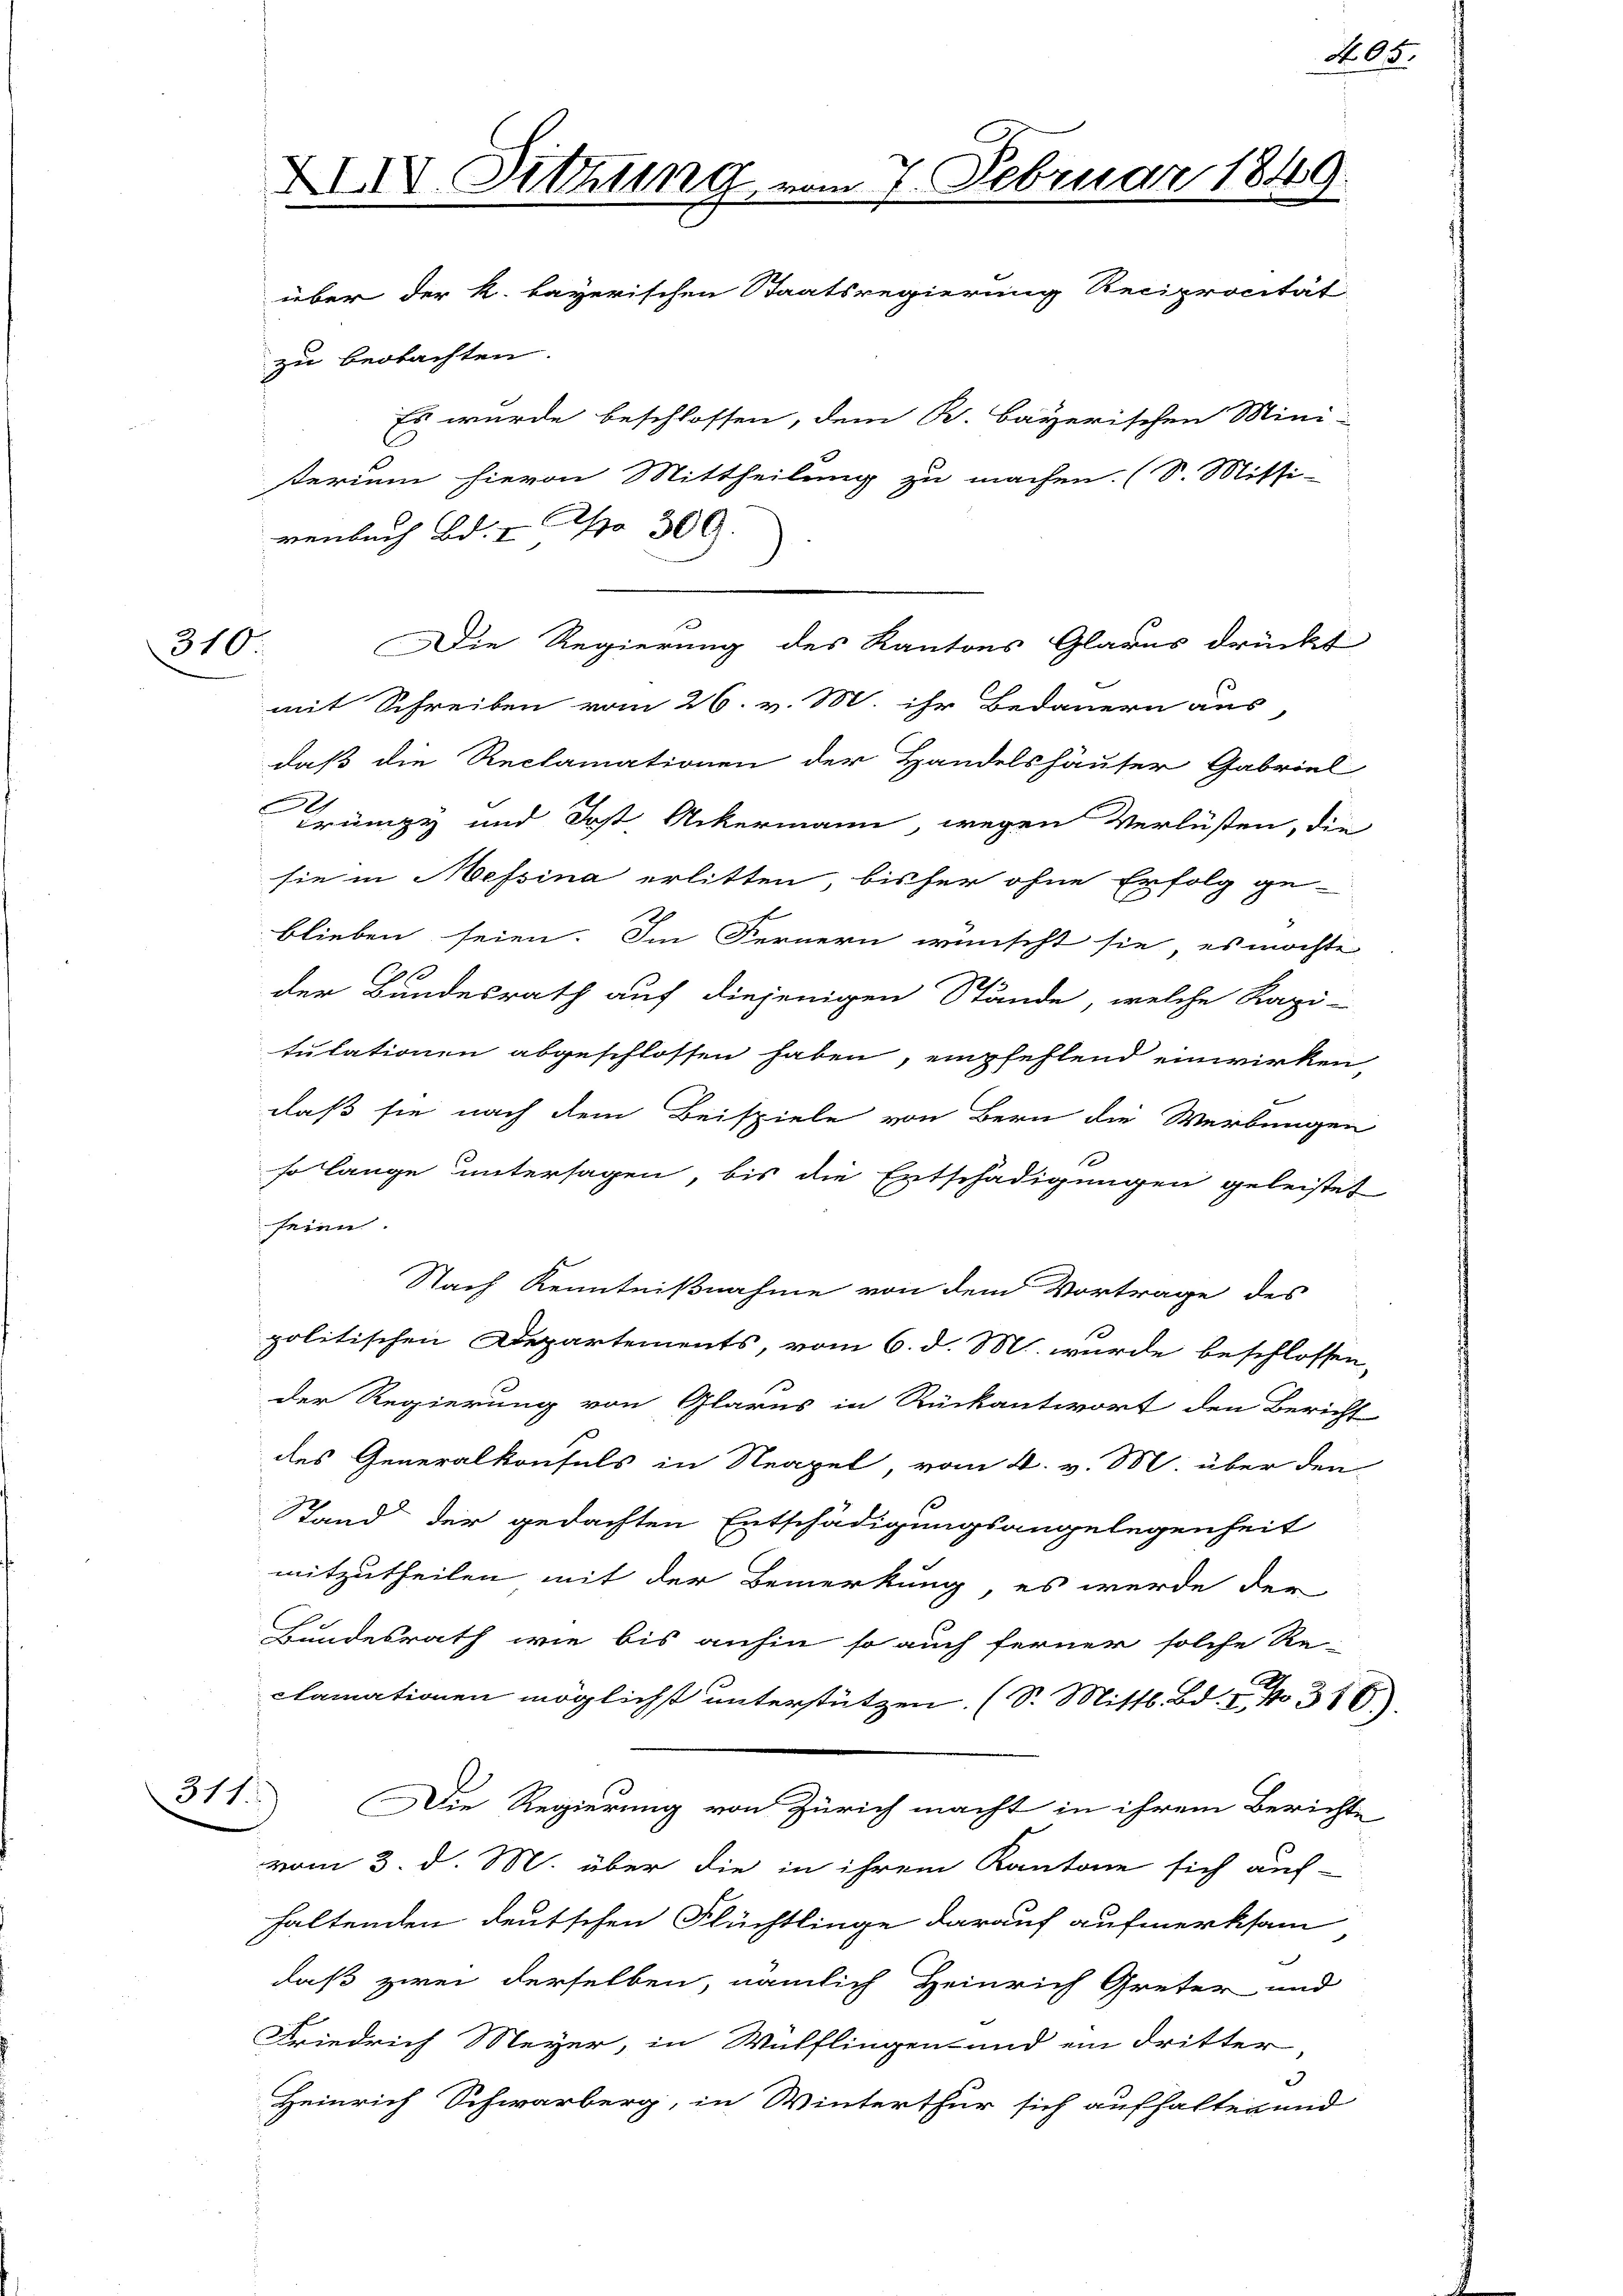
renbach Bd. 300.
Die Regierung des Kantons Glarus drückt
mit Schreiben vom 26. v. M. ihr Bedauern aus-
daß die Reclamationen der Handelshäuser Gabriel
Trünzy und Jost Ackermann, wegen Verlüsten, die
sie in Messina erlitten, bisher ohne Erfolg ge-
blieben seien. Im Fernern wünscht sie, es möcht
der Bundesrath auf diejenigen Stände, welche Kapi-
tulationen abgeschlossen haben, empfehlend einwirken
daß sie nach dem Beispiele von Bern die Werbunge
so lange untersagen, bis die Entschädigungen geleistet
seien.
Nach Kenntnißnahme von dem Vortrage des
politischen Departements, vom 6. d. M. wurde beschlossen,
der Regierung von Glarus in Rückantwort den Bericht
des Generalkonsuls in Neapel, vom 4. v. M. über den
Stand der gedachten Entschädigungsangelegenheit
mitzutheilen mit der Bemerkung, es werde der
Bundesrath wie bis anhin so auch ferner solche Re-
clamationen möglicht unterstützen. (S. Mittl. Bd. I, No 310)
Die Regierung von Zürich macht in ihrem Berichte
vom 3. d. M. über die in ihrem Kantone sich auf-
haltenden deutschen Flüchtlinge darauf aufmerksam,
daß zwei derselben, nämlich Heinrich Greter und
Friedrich Meyer, in Wülflingen und ein Dritter,
3
Heinrich Schwarberg, in Winterthur sich aufhalten und

310.

311.

XIIV. Sitzung vom 7. Februar 1849.
über der k. bayerischen Staatsregierung Reciprocität
zu beobachten.
Es wurde beschlossen, dem K. Bayerischen Mini-
terium hievon Mittheilung zu machen. (S. Mitsi-

|

No. 65.

i
1